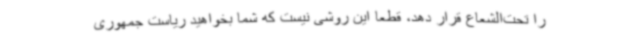
را تحت‌الشعاع قرار دهد، قطعا این روشی نیست که شما بخواهید ریاست جمهوری